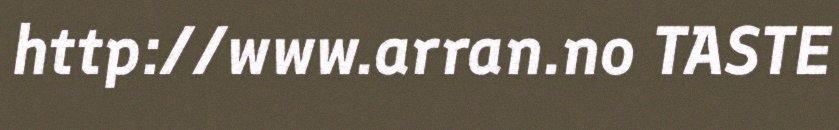
http://www.arran.no TASTE